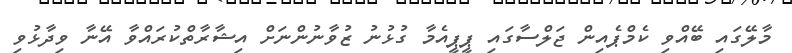
މާލޭގައި ބޭއްވި ކެމްޕެއިން ޖަލްސާގައި ޕީޕީއެމާ ގުޅުނު ޒުވާނުންނަށް އިޝާރާތްކުރައްވާ އޭނާ ވިދާޅުވި